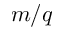
m / q